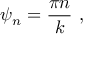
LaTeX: \psi _ { n } = { \frac { \pi n } { k } } \ ,